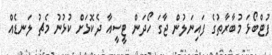
ފުޓްބޯޅަ މުބާރާތުގެ ފައިނަލުން ޖާގަ ހޯދަން ޓީސީއާ ދެކޮޅަށް ކުޅުނު މެޗު ލަނޑެއް